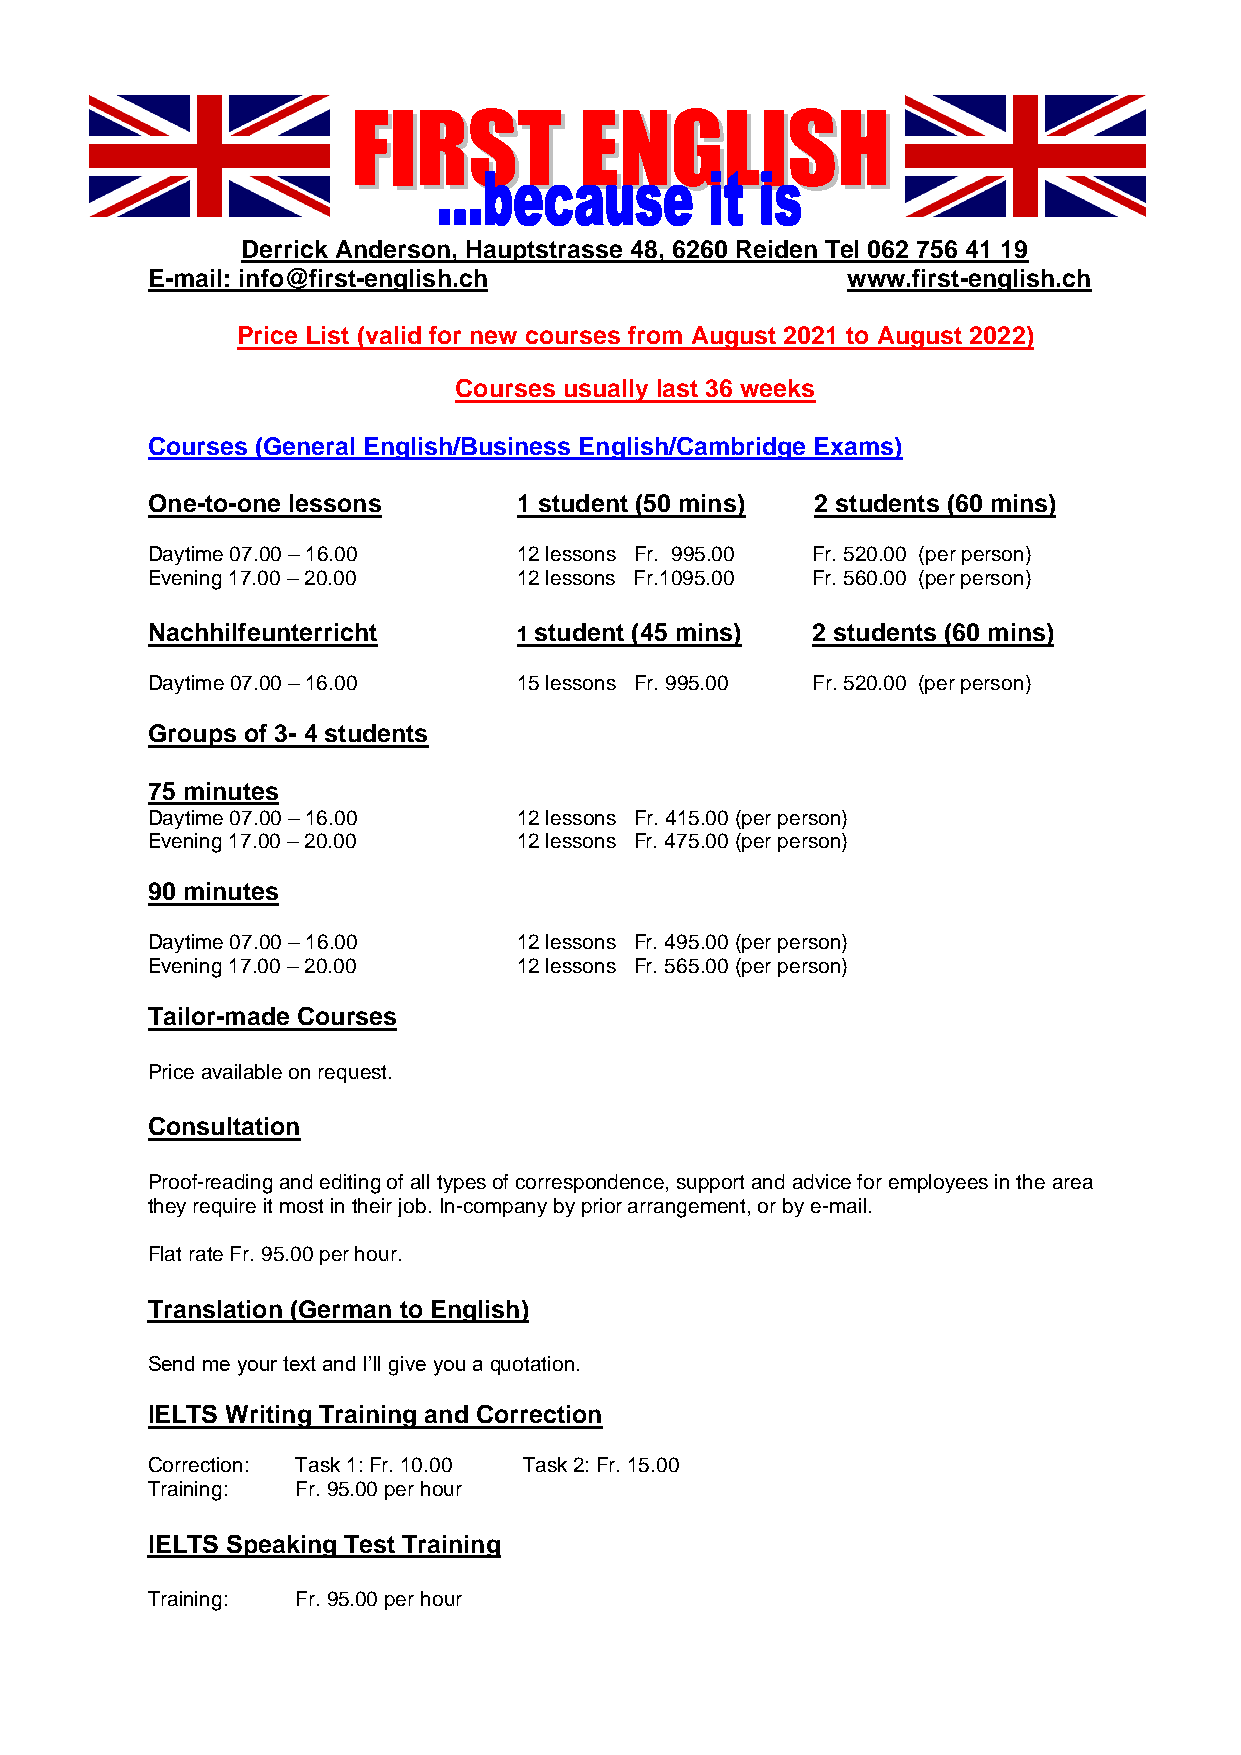
FFIIRRSSTT     EENNGGLLIISSHH
 Derrick Anderson, Hauptstrasse 48, 6260 Reiden Tel 062 756 41 19
 E-mail: info@first-english.ch                 www.first-english.ch
 Price List (valid for new courses from August 2021 to August 2022)
 Courses usually last 36 weeks
 Courses (General English/Business English/Cambridge Exams)
 One-to-one lessons      1 student (50 mins) 2 students (60 mins)
 Daytime 07.00 – 16.00   12 lessons Fr. 995.00 Fr. 520.00 (per person)
 Evening 17.00 – 20.00   12 lessons Fr.1095.00 Fr. 560.00 (per person)
 Nachhilfeunterricht     1 student (45 mins) 2 students (60 mins)
 Daytime 07.00 – 16.00   15 lessons Fr. 995.00 Fr. 520.00 (per person)
 Groups of 3- 4 students
 75 minutes
 Daytime 07.00 – 16.00   12 lessons Fr. 415.00 (per person)
 Evening 17.00 – 20.00   12 lessons Fr. 475.00 (per person)
 90 minutes
 Daytime 07.00 – 16.00   12 lessons Fr. 495.00 (per person)
 Evening 17.00 – 20.00   12 lessons Fr. 565.00 (per person)
 Tailor-made Courses
 Price available on request.
 Consultation
 Proof-reading and editing of all types of correspondence, support and advice for employees in the area
 they require it most in their job. In-company by prior arrangement, or by e-mail.
 Flat rate Fr. 95.00 per hour.
 Translation (German to English)
 Send me your text and I’ll give you a quotation.
 IELTS Writing Training and Correction
 Correction: Task 1: Fr. 10.00 Task 2: Fr. 15.00
 Training: Fr. 95.00 per hour
 IELTS Speaking Test Training
 Training: Fr. 95.00 per hour